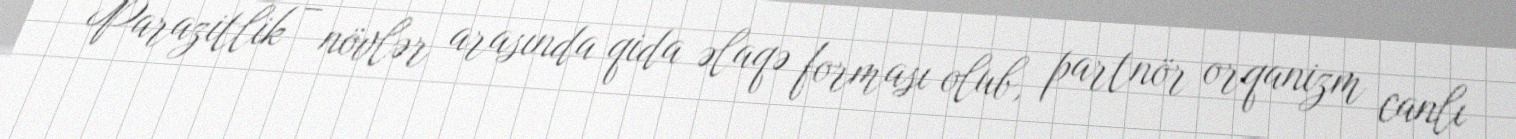
Parazitlik – növlər arasında qida əlaqə forması olub, partnör orqanizm canlı